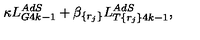
\kappa L _ { G 4 k - 1 } ^ { A d S } + \beta _ { \{ r _ { j } \} } L _ { T \{ r _ { j } \} 4 k - 1 } ^ { A d S } ,